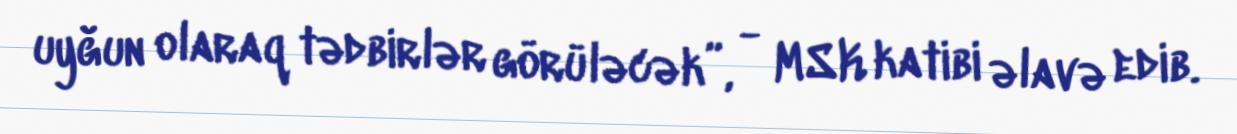
uyğun olaraq tədbirlər görüləcək”, - MSK katibi əlavə edib.